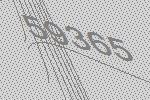
59365